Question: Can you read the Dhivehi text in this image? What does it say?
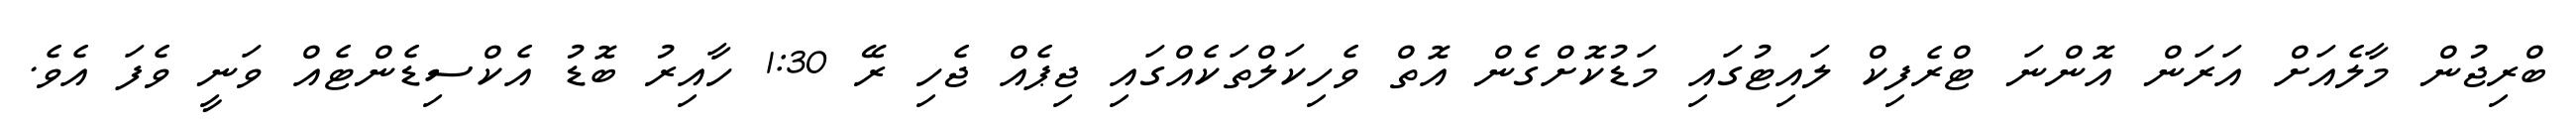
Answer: ބްރިޖުން މާލެއަށް އަރަން އޮންނަ ޓްރެފިކް ލައިޓުގައި މަޑުކޮށްގެން އޮތް ވެހިކަލްތަކެއްގައި ޖިޕެއް ޖެހި ރޭ 1:30 ހާއިރު ބޮޑު އެކްސިޑެންޓެއް ވަނީ ވެފަ އެވެ.